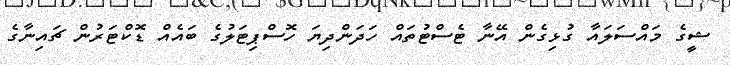
ޝީގެ މައްސަލައާ ގުޅިގެން އޭނާ ޓެސްޓުތައް ހަދަންދިޔަ ހޮޮސްޕިޓަލުގެ ބައެއް ޑޮކްޓަރުން ޗައިނާގެ